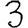
Digit: 3